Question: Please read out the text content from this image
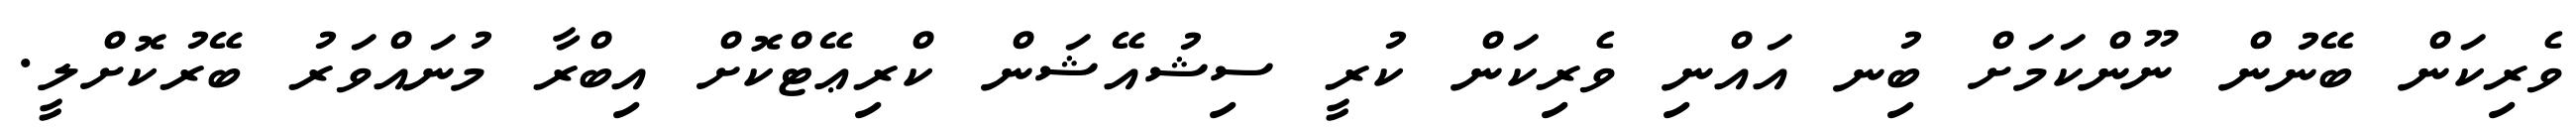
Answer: ވެރިކަން ބޭނުން ނޫންކަމަށް ބުިނ އައްނި ވެރިކަން ކުރީ ސިޝުއޭޝަން ކްރިޢޭޓްކޮށް އިބްރާ މުނައްވަރު ބޭރުކޮށްލީ.